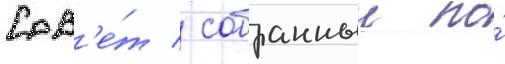
Сов'е́т / собранныи по́